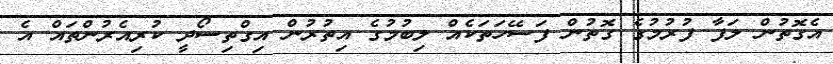
އެގޮތުން ލަފާ ފުރުމުގެ ގޮތުން ފަސޭހަތަކެއް ލިބުމުގެ އިތުރުން އިގްތިސޯދީ ކުރިއެރުންތައް އެ